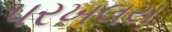
પરખલય